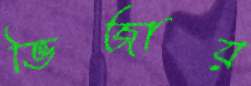
ভিজায়